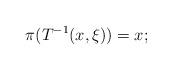
LaTeX: \begin{align*} \pi(T^{-1}(x,\xi) )= x; \end{align*}